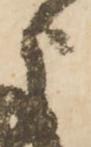
之